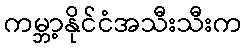
ကမ္ဘာ့နိုင်ငံအသီးသီးက